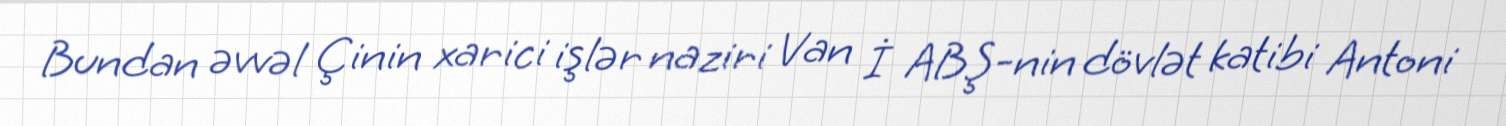
Bundan əvvəl Çinin xarici işlər naziri Van İ ABŞ-nin dövlət katibi Antoni